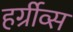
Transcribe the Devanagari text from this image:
हर्ग्रीव्स